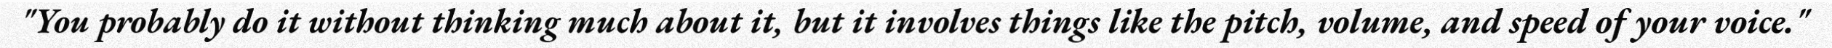
"You probably do it without thinking much about it, but it involves things like the pitch, volume, and speed of your voice."